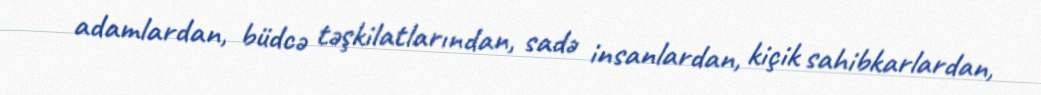
adamlardan, büdcə təşkilatlarından, sadə insanlardan, kiçik sahibkarlardan,